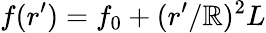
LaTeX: f(r^{\prime})=f_{0}+(r^{\prime}/\mathbb{R})^{2}L